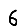
Digit: 6